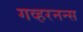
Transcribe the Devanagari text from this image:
गव्हरनन्स